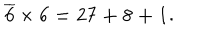
LaTeX: \mathbf { \overline { { { 6 } } } \times 6 = 2 7 + 8 + 1 . }